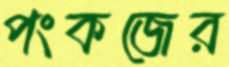
পংকজের